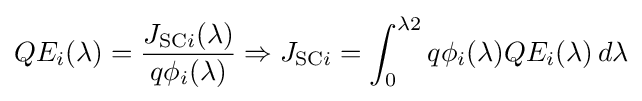
QE_{i}(\lambda )={\frac {J_{{\text{SC}}i}(\lambda )}{q\phi _{i}(\lambda )}}\Rightarrow J_{{\text{SC}}i}=\int _{0}^{\lambda 2}q\phi _{i}(\lambda )QE_{i}(\lambda )\,d\lambda